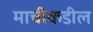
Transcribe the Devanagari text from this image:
माचीकडील